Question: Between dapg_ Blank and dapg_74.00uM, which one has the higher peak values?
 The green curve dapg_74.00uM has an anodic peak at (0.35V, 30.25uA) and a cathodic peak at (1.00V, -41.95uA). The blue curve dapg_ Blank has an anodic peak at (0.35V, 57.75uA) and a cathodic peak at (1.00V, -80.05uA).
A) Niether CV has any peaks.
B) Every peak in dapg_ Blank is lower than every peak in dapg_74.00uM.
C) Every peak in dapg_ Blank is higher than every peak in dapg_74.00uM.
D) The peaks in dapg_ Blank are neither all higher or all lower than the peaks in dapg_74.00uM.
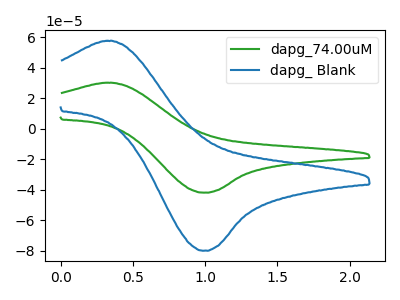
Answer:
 <answer>C) Every peak in "dapg_ Blank" is higher than every peak in "dapg_74.00uM".</answer>
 <eval>C</eval>